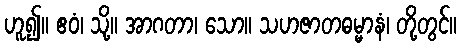
ဟူ၍။ ဧဝံ၊ သို့။ အာဂတာ၊ သော။ သဟဇာတဓမ္မာနံ၊ တို့တွင်။